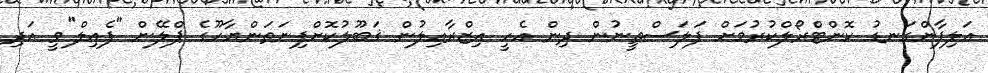
އަލިފާންގަނޑު ކޮންޓްރޯލްކުރުމަށް ފަލަސްތީނުން ދިން އެހީ އިޒްރާއިލުން ޤަބޫލުކޮށްފިނަތަންޔާހޫގެ ޕްލޭން "ފެއިލް"ވީ އަދި